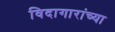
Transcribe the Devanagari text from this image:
विदागारांच्या